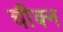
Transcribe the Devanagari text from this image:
चीक्न